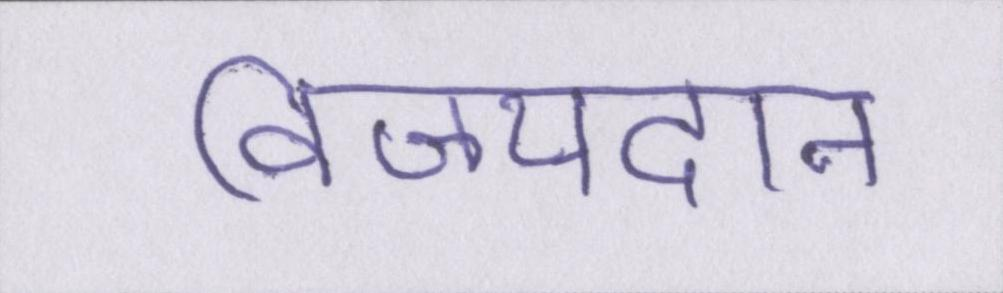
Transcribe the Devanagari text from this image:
विजयदान